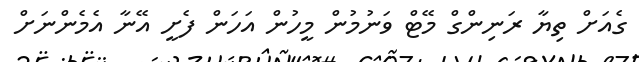
ގެއަށް ތިޔާ ރަނިންގް މޭޓް ވަނުމުން މީހުން އަހަން ފެށީ އޭނާ އެމެންނަށް